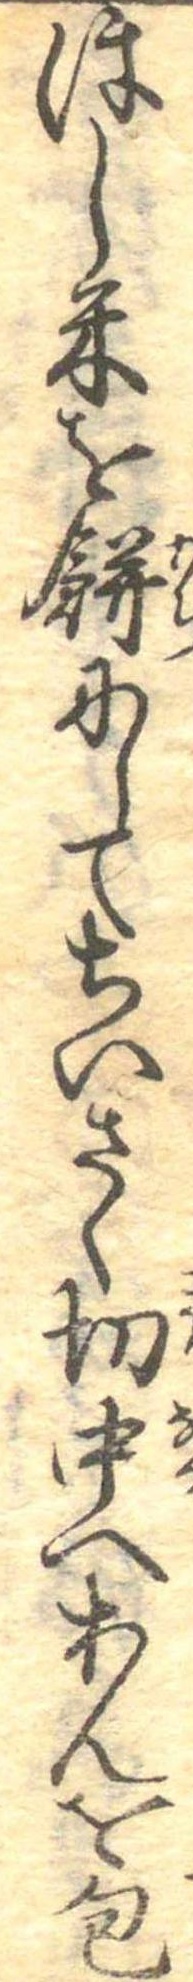
ほし米を餅にしてちいさく切中へあんを包